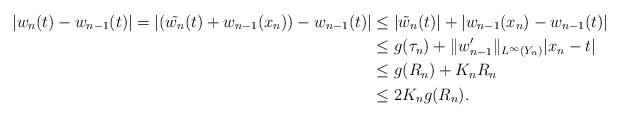
LaTeX: \begin{align*}|w_n (t) - w_{n-1}(t)| = |(\tilde{w_n}(t)+ w_{n-1}(x_n)) - w_{n-1}(t)| & \leq | \tilde{w}_n (t)| + |w_{n-1}(x_n) - w_{n-1}(t)| \\& \leq g(\tau_n) + \|w_{n-1}'\|_{L^{\infty}(Y_n)}|x_n - t| \\& \leq g(R_n) + K_n R_n\\& \leq 2K_n g(R_n).\end{align*}